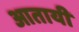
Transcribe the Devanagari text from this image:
आतायी